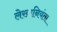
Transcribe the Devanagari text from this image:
लेखानियंता